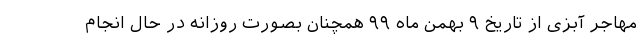
مهاجر آبزی از تاریخ ۹ بهمن ماه ۹۹ همچنان بصورت روزانه در حال انجام